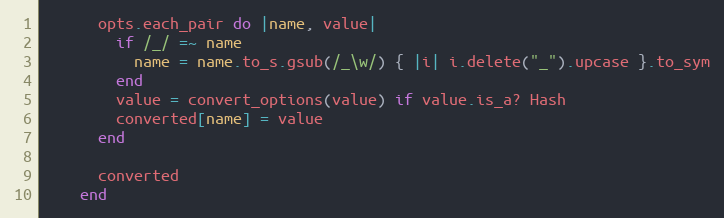
Language: Ruby
      opts.each_pair do |name, value|
        if /_/ =~ name
          name = name.to_s.gsub(/_\w/) { |i| i.delete("_").upcase }.to_sym
        end
        value = convert_options(value) if value.is_a? Hash
        converted[name] = value
      end

      converted
    end